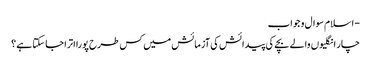
- اسلام سوال و جواب
چار انگلیوں والے بچے کی پیدائش کی آزمائش میں کس طرح پورا اترا جا سکتا ہے ؟